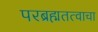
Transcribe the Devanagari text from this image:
परब्रह्मतत्वाचा